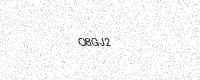
Text: O8GJ2